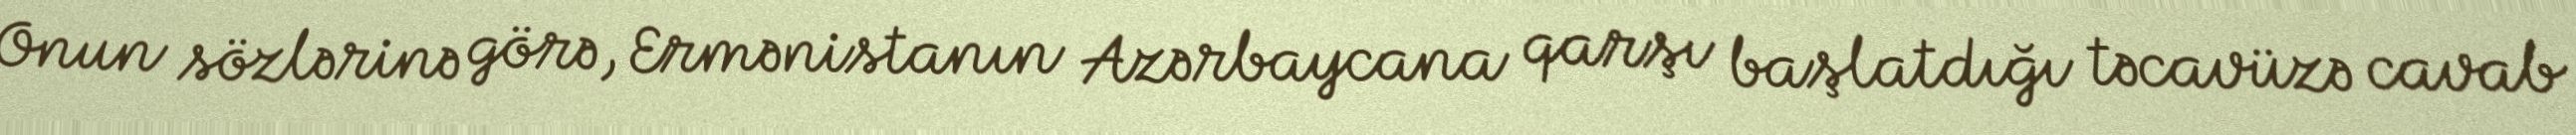
Onun sözlərinə görə, Ermənistanın Azərbaycana qarşı başlatdığı təcavüzə cavab